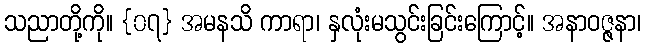
သညာတို့ကို။ {၀၇} အမနသိ ကာရာ၊ နှလုံးမသွင်းခြင်းကြောင့်။ အနာဝဇ္ဇနာ၊